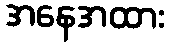
အနေအထား